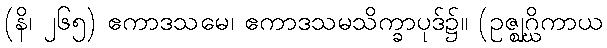
(နိ၊ ၂၆၅) ဧကာဒသမေ၊ ဧကာဒသမသိက္ခာပုဒ်၌။ (ဥဇ္ဈဂ္ဃိကာယ